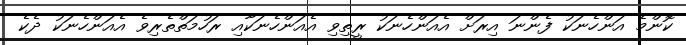
ކޮންމެ އަންހެނަކު ފެންނަ އިރަށް އެއަންހެނަކު ރީތިވި އެއަންހެނަކާއި ރަހުމަތްތެރިވެ އެއަންހެނަކު ދެކެ